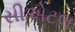
સીએટલ